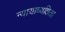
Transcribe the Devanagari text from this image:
न्यायाध्यक्षिता